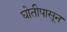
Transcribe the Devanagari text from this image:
घोतीपासून